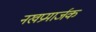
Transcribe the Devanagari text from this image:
नखप्रमार्जक